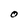
Character: O